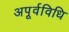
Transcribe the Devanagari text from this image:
अपूर्वविधि